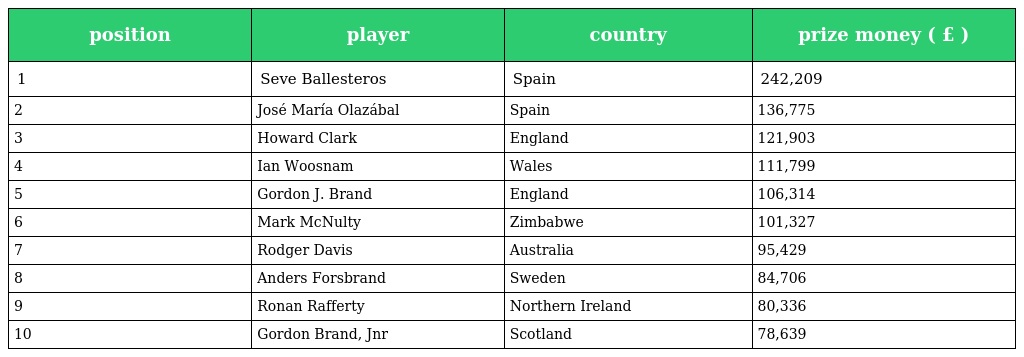
| position | player | country | prize money ( £ ) |
 | --- | --- | --- | --- |
 | 1 | Seve Ballesteros | Spain | 242,209 |
 | 2 | José María Olazábal | Spain | 136,775 |
 | 3 | Howard Clark | England | 121,903 |
 | 4 | Ian Woosnam | Wales | 111,799 |
 | 5 | Gordon J. Brand | England | 106,314 |
 | 6 | Mark McNulty | Zimbabwe | 101,327 |
 | 7 | Rodger Davis | Australia | 95,429 |
 | 8 | Anders Forsbrand | Sweden | 84,706 |
 | 9 | Ronan Rafferty | Northern Ireland | 80,336 |
 | 10 | Gordon Brand, Jnr | Scotland | 78,639 |